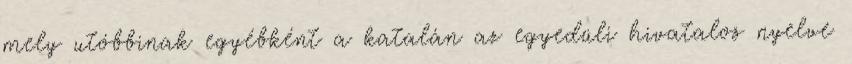
mely utóbbinak egyébként a katalán az egyedüli hivatalos nyelve